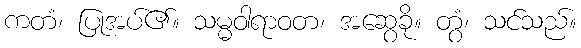
ကတံ၊ ပြုအပ်၏။ သမ္မဝါရာဝတ၊ အဆွေခို။ တွံ၊ သင်သည်။